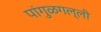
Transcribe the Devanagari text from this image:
पांगुळगल्ली